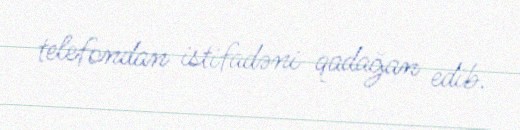
telefondan istifadəni qadağan edib.